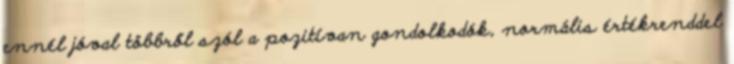
ennél jóval többről szól a pozitívan gondolkodók, normális értékrenddel